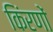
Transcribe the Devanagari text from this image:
किंरणों